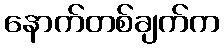
နောက်တစ်ချက်က